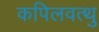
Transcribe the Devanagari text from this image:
कपिलवत्थु